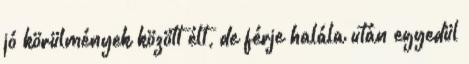
jó körülmények között élt, de férje halála után egyedül